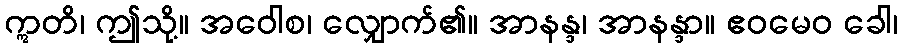
ဣတိ၊ ဤသို့။ အဝေါစ၊ လျှောက်၏။ အာနန္ဒ၊ အာနန္ဒာ။ ဧဝမေဝ ခေါ၊